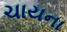
ચાયના